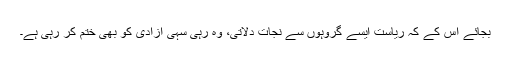
بجائے اس کے کہ ریاست ایسے گروہوں سے نجات دلاتی، وہ رہی سہی آزادی کو بھی ختم کر رہی ہے۔